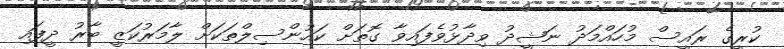
ކުރީގެ ރައީސް މުހައްމަދު ނަޝީދު ވިދާޅުވެފައިވާ ގޮތަށް ކައުންސިލްތަކަށް ލާމަރުކަޒީ ބާރު ދީފައި